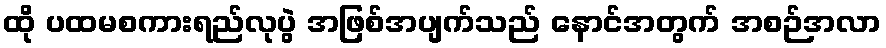
ထို ပထမစကားရည်လုပွဲ အဖြစ်အပျက်သည် နောင်အတွက် အစဉ်အလာ